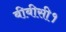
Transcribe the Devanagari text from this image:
बीबीसी१